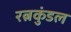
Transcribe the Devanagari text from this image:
रत्नकुंडल